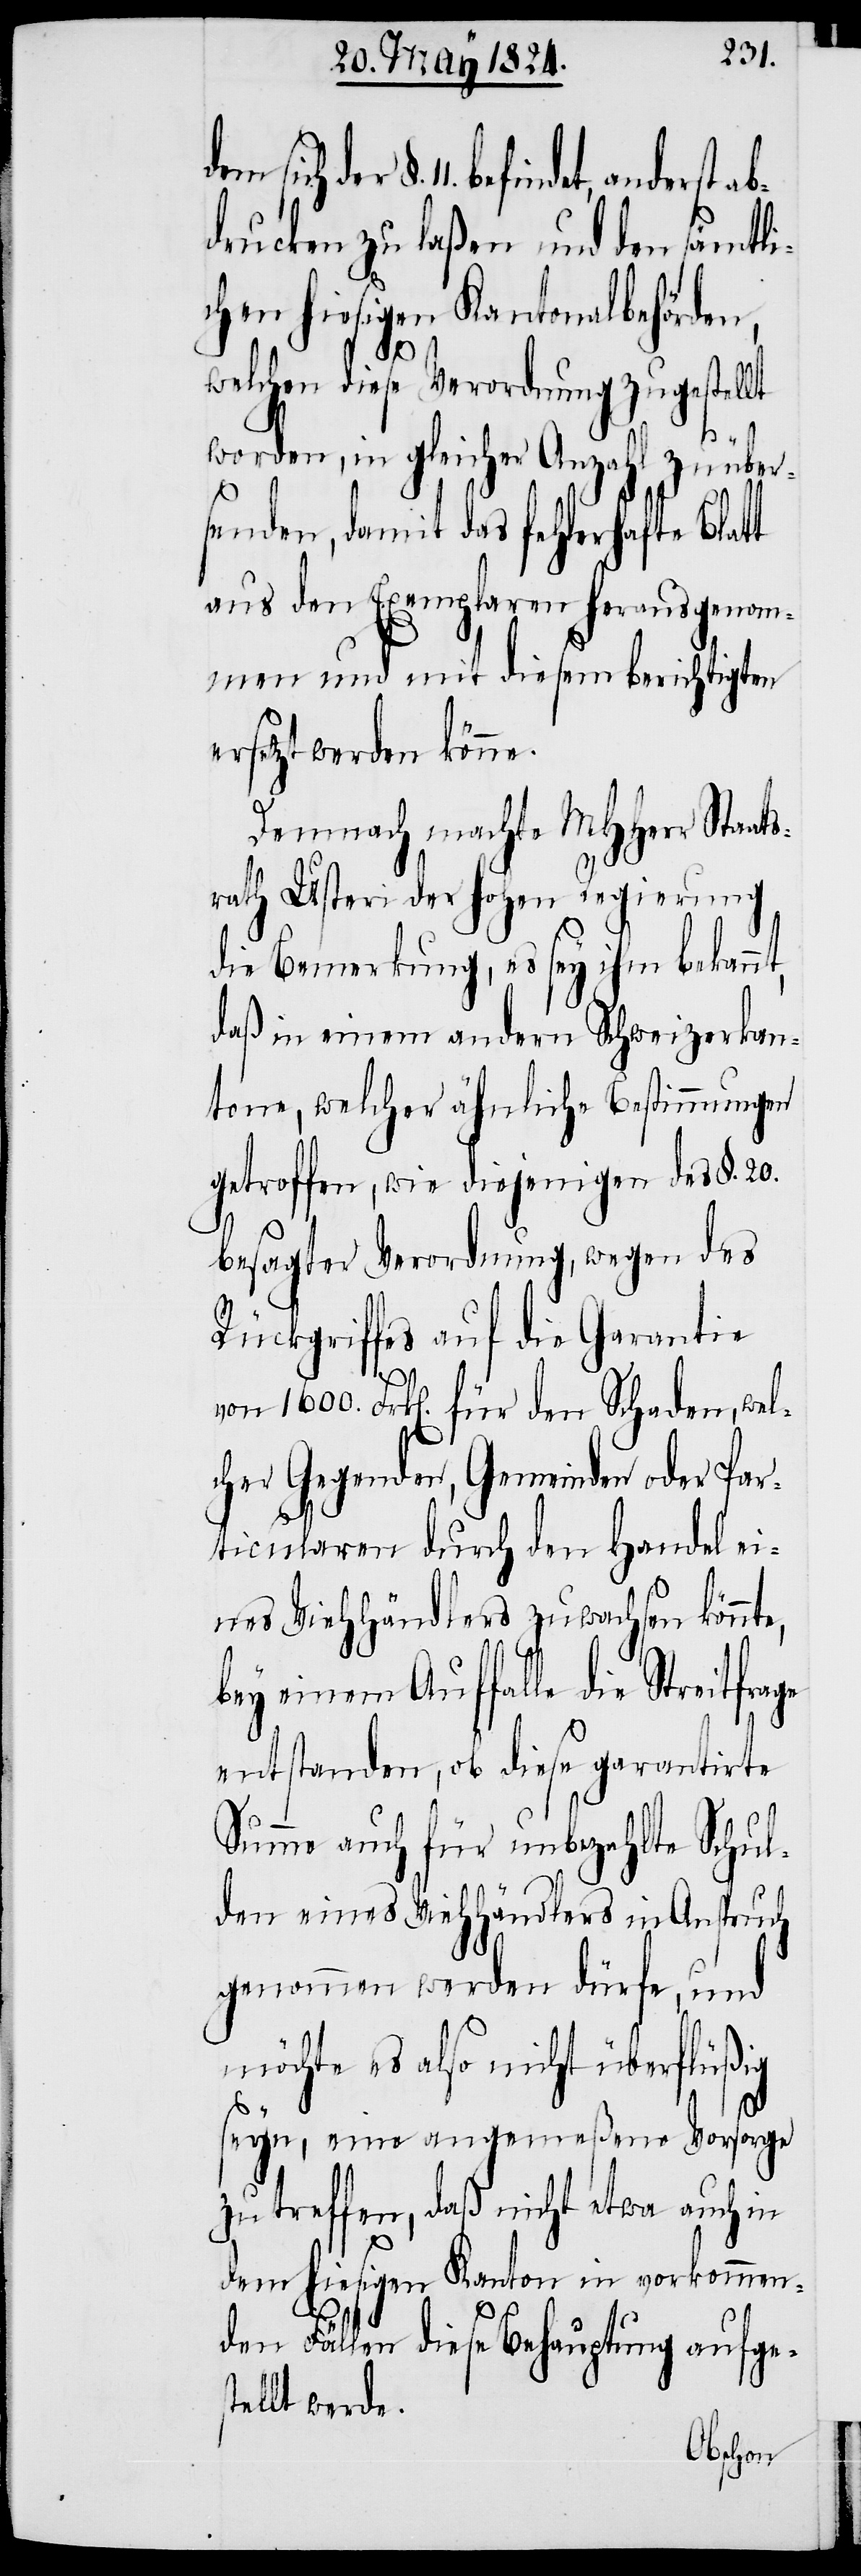
§. 11. befindet, anderst ab¬
drucken zu laßen und den sämtli¬
chen hiesigen Kantonalbehörden,
welchen diese Verordnung zugestellt
ge
worden, in gleicher Anzahl zu über¬
senden, damit das fehlerhafte Blatt
aus den Exemplaren herausgenom¬
men und mit diesem berichtigten
ersetzt werden könne.
Demnach machte MHHerr Staats¬
rath Usteri der hohen Regierung
die Bemerkung, es sey ihm bekannt,
daß in einem andern Schweizerkan¬
tone, welcher ähnliche Bestimmungen
getroffen, wie diejenigen des §. 20.
besagter Verordnung, wegen des
Rückgriffes auf die Garantie
von 1600. Frk[en]. für den Schaden, wel¬
cher Gegenden, Gemeinden oder Par¬
ticularen durch den Handel ei¬
nes Viehhändlers zuwachsen könnte,
bey einem Auffalle die Streitfra¬
entstanden, ob diese garantirte
Summe auch für unbezahlte Schul¬
den eines Viehhändlers in Anspruch
genommen werden dürfe, und
möchte es also nicht überflüßig
seyn, eine angemeßene Vorsorge
zu treffen, daß nicht etwa auch in
dem hiesigen Kanton in vorkommen¬
den Fällen diese Behauptung aufges¬
tellt werde.